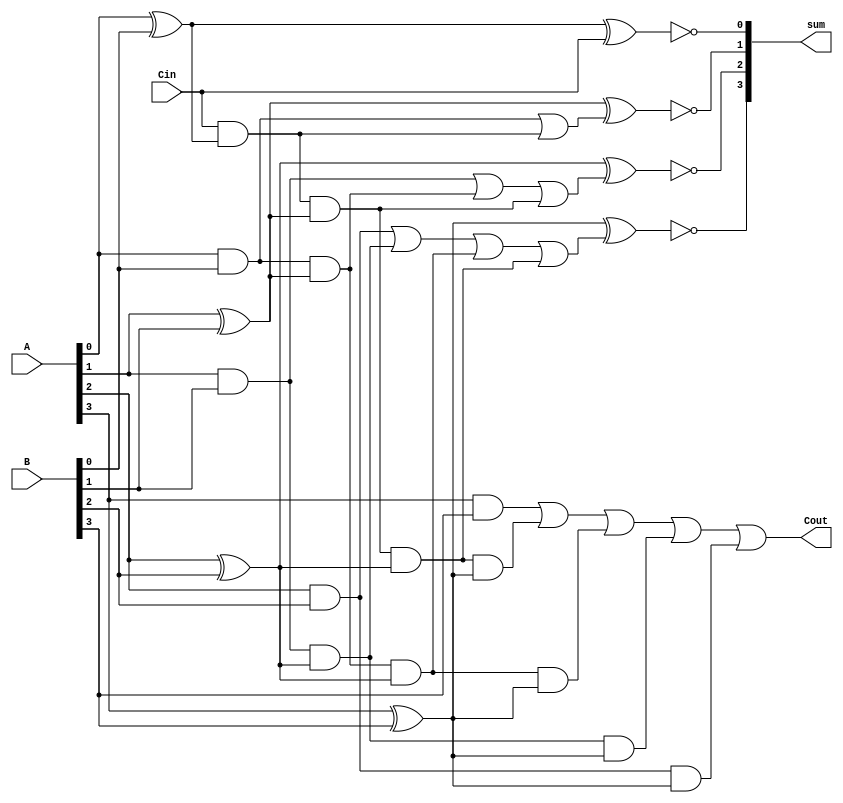
// This is coded by Pouya Mohammadi
// CE@AUT - Uni ID: 9829039
// Question 1 - HW 5
// Logic circuit Spring 2021 - Mr. Sedighi 


// Carry Look Ahead 4-bit Adder Module
module cla_adder_4bit(
    input [3:0] A,      // First 4-bit input
    input [3:0] B,      // Second 4-bit input
    input Cin,          // Carry in
    output [3:0] sum,   // 4-bit output
    output Cout        // Carry Out
);

    // pi = A[i] xor B[i]  
    wire p0, p1, p2, p3;    // wires
    xor gP0(p0, A[0], B[0]);
    xor gP1(p1, A[1], B[1]);
    xor gP2(p2, A[2], B[2]);
    xor gP3(p3, A[3], B[3]);

    // gi = A[i] and B[i]
    wire g0, g1, g2, g3;    // wires
    and gG0(g0, A[0], B[0]);
    and gG1(g1, A[1], B[1]);
    and gG2(g2, A[2], B[2]);
    and gG3(g3, A[3], B[3]);
    
// ci is carry-out from each bit 

    // ci wires
    wire c1, c2, c3;
    
    // c1 part
    wire c1_container_0;
    and (c1_container_0, Cin, p0);
    or  (c1, g0, c1_container_0);

    // c2 part
    wire c2_container_0, 
         c2_container_1;
    and (c2_container_0, Cin, p0, p1);
    and (c2_container_1, g0, p1);
    or  (c2, g1, c2_container_1, c2_container_0);

    // c3 part
    wire c3_container_0,
         c3_container_1,
         c3_container_2;
    and (c3_container_0, Cin, p0, p1, p2);
    and (c3_container_1, g0, p1, p2);
    and (c3_container_2, g1, p2);
    or  (c3, g2, c3_container_2, c3_container_1, c3_container_0);

    // c4 is Cout (carry out)
    wire c4_container_0,
         c4_container_1,
         c4_container_2,
         c4_container_3;
    and (c4_container_0, Cin, p0, p1, p2, p3);
    and (c4_container_1, g0, p1, p2, p3);
    and (c4_container_2, g1, p2, p3);
    and (c4_container_3, g2, p3);
    or  (Cout, g3, c4_container_0, c4_container_1, c4_container_2, c4_container_3);

    // sum[i] = A[i] xor B[i] xor ci
    xnor(sum[0], A[0], B[0], Cin);
    xnor(sum[1], A[1], B[1], c1);
    xnor(sum[2], A[2], B[2], c2);
    xnor(sum[3], A[3], B[3], c3);

endmodule